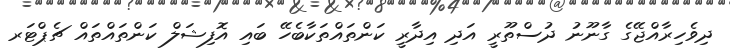
ދިވެހިރާއްޖޭގެ ގާނޫނު ދުސްތޫރީ އަދި އިދާރީ ކަންތައްތަކާބެހޭ ބައި އޮފިޝަލް ކަންތައްތައް ޗެޕްޓަރ